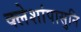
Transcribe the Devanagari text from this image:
क्लेशांपासुनि